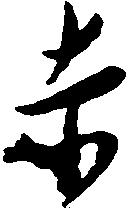
赤